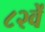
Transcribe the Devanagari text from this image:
८२वें